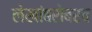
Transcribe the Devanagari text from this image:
लेखांबरोबरच